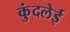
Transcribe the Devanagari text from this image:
कुंदलेई